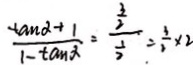
\frac { \tan a + 1 } { 1 - \tan a } = \frac { \frac { 3 } { 2 } } { \frac { 1 } { 2 } } = \frac { 3 } { 2 } \times 2